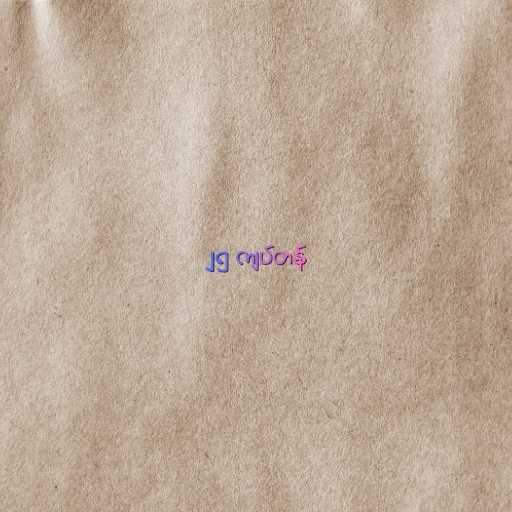
၂၅ ကျပ်တန်